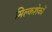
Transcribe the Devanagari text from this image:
मिल्कशेकों